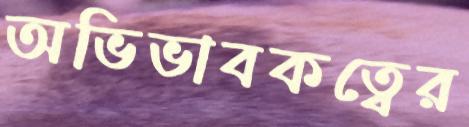
অভিভাবকত্বের